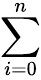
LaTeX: \sum_{i=0}^{n}